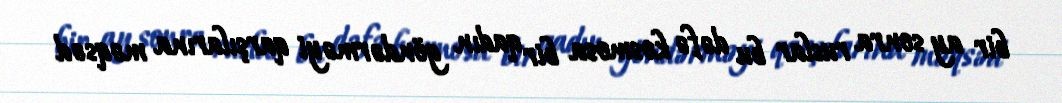
bir ay sonra ruslar bu dəfə kosmosa bir qadın göndərməyi qarşılarına məqsəd